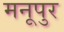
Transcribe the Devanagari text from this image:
मनूपुर